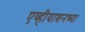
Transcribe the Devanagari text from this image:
एव्हीयाशनच्या